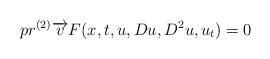
LaTeX: \begin{align*} pr^{(2)}\overrightarrow{v}F(x,t,u,Du,D^2u,u_t)=0 \end{align*}